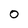
Character: 0